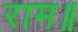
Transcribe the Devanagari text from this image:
राम॥